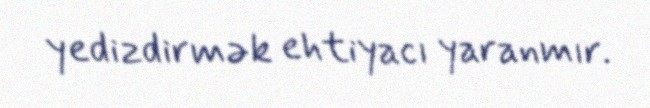
yedizdirmək ehtiyacı yaranmır.